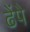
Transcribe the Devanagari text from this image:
ढेंपे